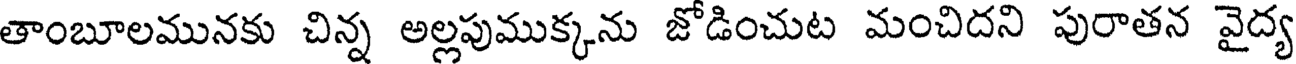
తాంబూలమునకు చిన్న అల్లపుముక్కను జోడించుట మంచిదని పురాతన వైద్య